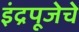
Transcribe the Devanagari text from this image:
इंद्रपूजेचे